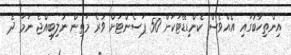
އިންތިހާބުގައި އެއްވެސް ކެންޑިޑޭޓަކަށް 50 ޕަސެންޓަށް ވުރެ މަތިން ނުލިބިއްޖެ ނަމަ ދެ